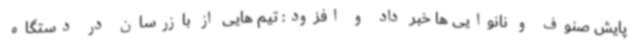
پایش صنوف و نانوایی ها خبر داد و افزود: تیم هایی از بازرسان در دستگاه